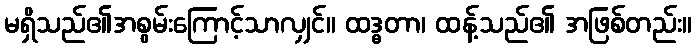
မရှိသည်၏အစွမ်းကြောင့်သာလျှင်။ ထဒ္ဓတာ၊ ထန့်သည်၏ အဖြစ်တည်း။